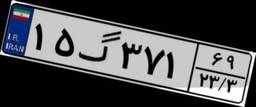
۶۲گ۸۹۴۳۰